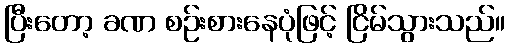
ပြီးတော့ ခဏ စဉ်းစားနေပုံဖြင့် ငြိမ်သွားသည်။